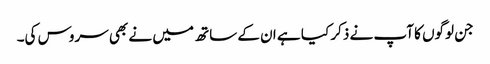
جن لوگوں کا آپ نے ذکر کیا ہے ان کے ساتھ میں نے بھی سروس کی۔